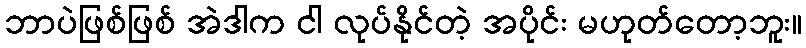
ဘာပဲဖြစ်ဖြစ် အဲဒါက ငါ လုပ်နိုင်တဲ့ အပိုင်း မဟုတ်တော့ဘူး။